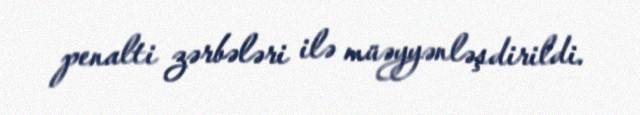
penalti zərbələri ilə müəyyənləşdirildi.